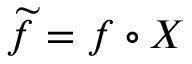
\widetilde f = f \circ X